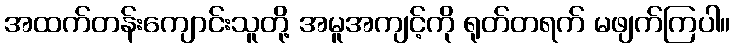
အထက်တန်းကျောင်းသူတို့ အမူအကျင့်ကို ရုတ်တရက် မဖျက်ကြပါ။